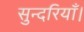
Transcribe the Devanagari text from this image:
सुन्दरियाँ।